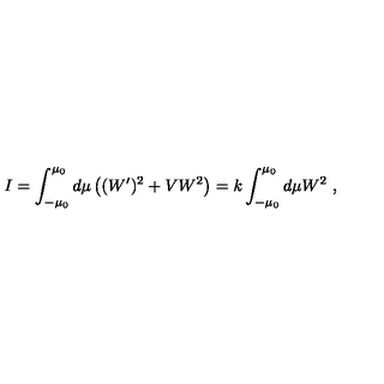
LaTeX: I = \int _ { - \mu _ { 0 } } ^ { \mu _ { 0 } } d \mu \left( ( W ^ { \prime } ) ^ { 2 } + V W ^ { 2 } \right) = k \int _ { - \mu _ { 0 } } ^ { \mu _ { 0 } } d \mu W ^ { 2 } \ ,